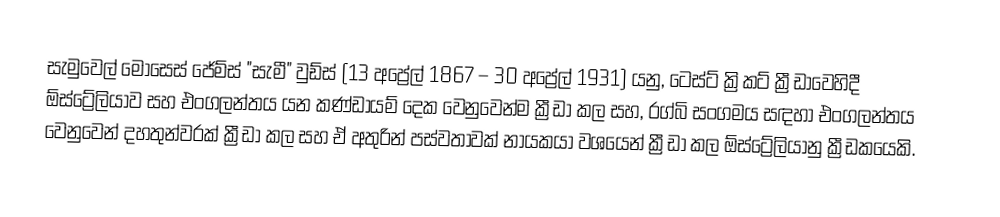
සැමුවෙල් මෝසෙස් ජේම්ස් "සැමී" වුඩ්ස් (13 අප්‍රේල් 1867 – 30 අප්‍රේල් 1931) යනු,  ටෙස්ට් ක්‍රිකට් ක්‍රීඩාවෙහිදී ඕස්ට්‍රේලියාව සහ එංගලන්තය යන කණ්ඩායම් දෙක වෙනුවෙන්ම ක්‍රීඩා කල සහ, රග්බි සංගමය සඳහා එංගලන්තය වෙනුවෙන් දහතුන්වරක් ක්‍රීඩා කල සහ ඒ අතුරින් පස්වතාවක් නායකයා වශයෙන් ක්‍රීඩා කල ඕස්ට්‍රේලියානු ක්‍රීඩකයෙකි.